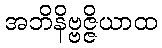
အဘိနိဗ္ဗဇ္ဇိယာထ